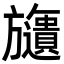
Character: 𣄧